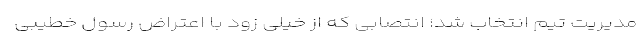
مدیریت تیم انتخاب شد؛ انتصابی که از خیلی زود با اعتراض رسول خطیبی